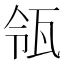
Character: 瓴